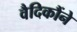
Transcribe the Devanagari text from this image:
वैदिकौंने